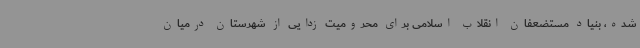
شده، بنیاد مستضعفان انقلاب اسلامی برای محرومیت زدایی از شهرستان درمیان